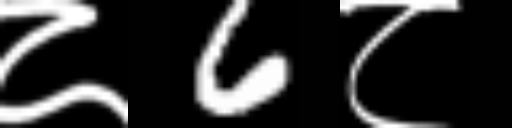
Text: ८6८